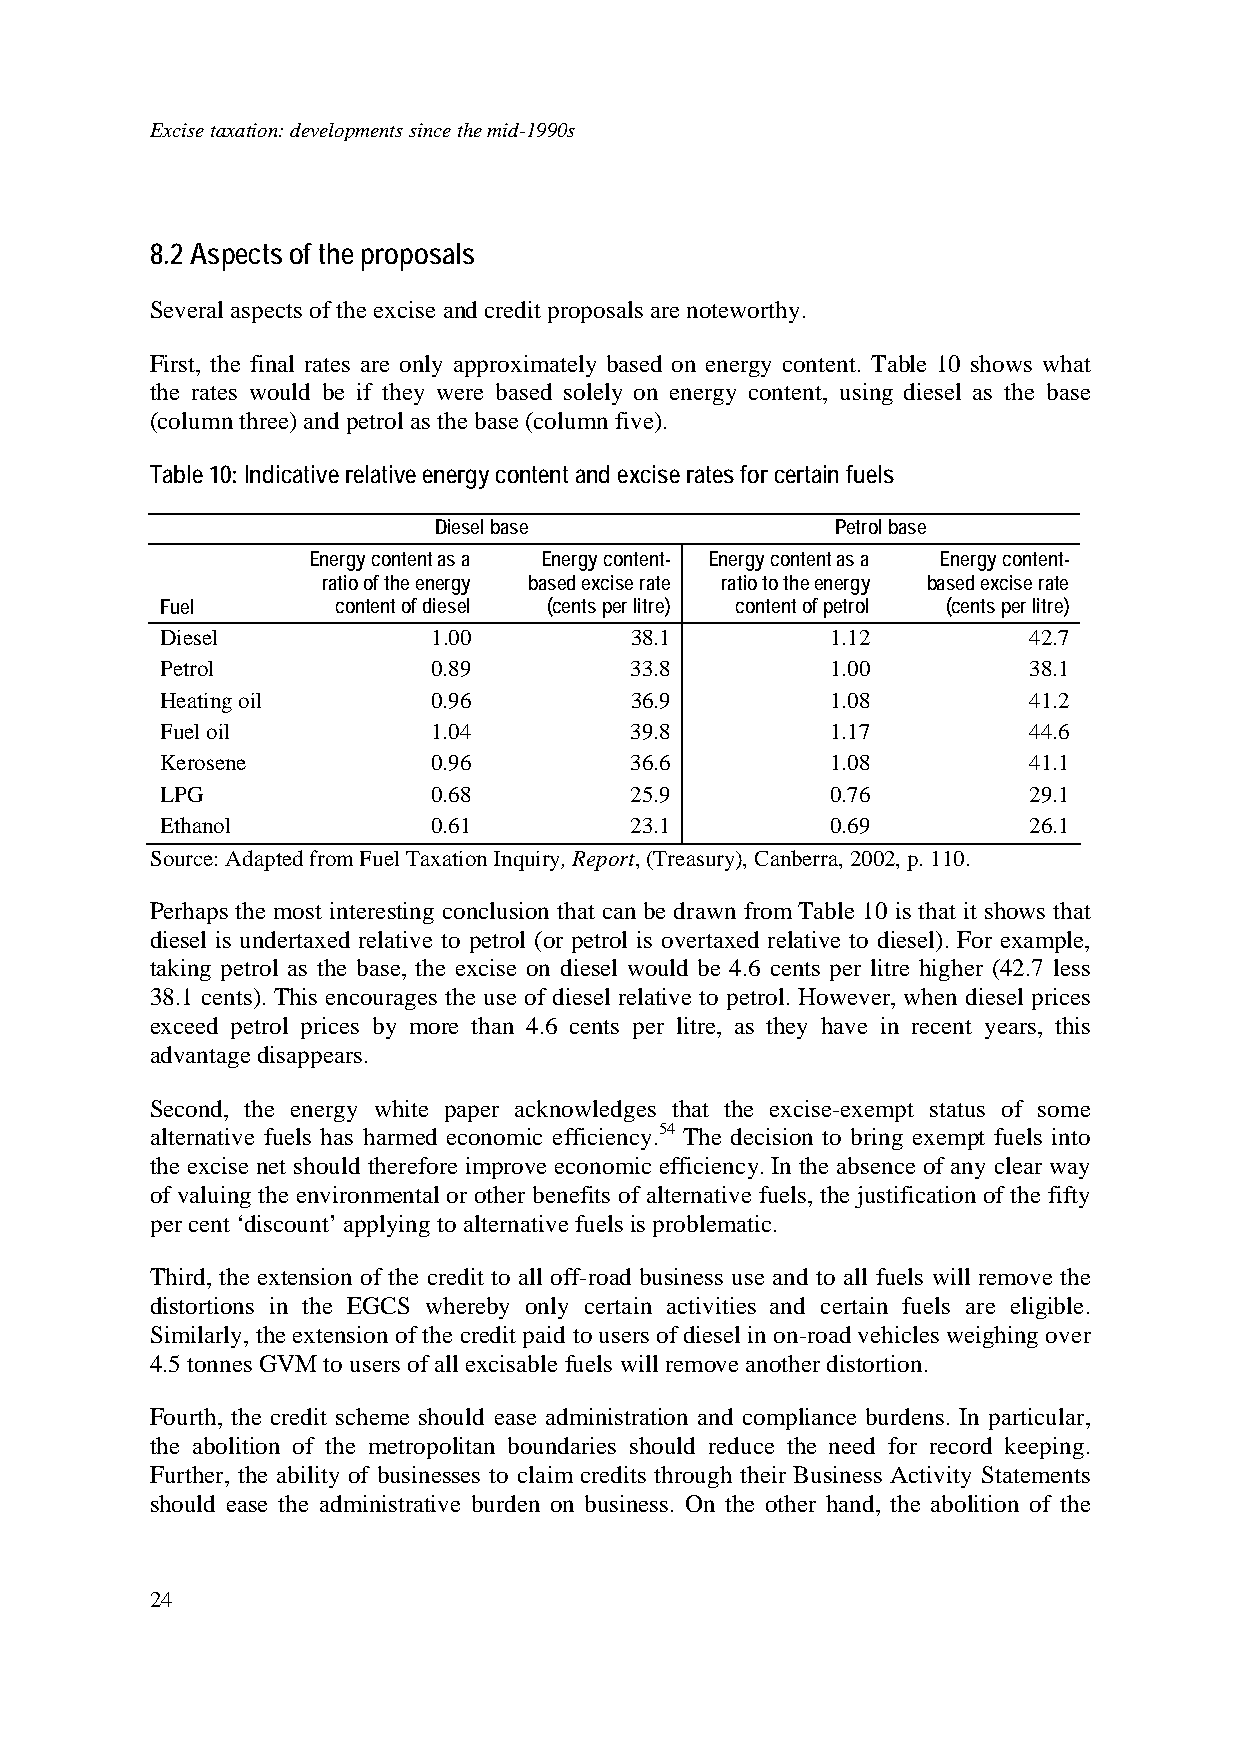
Excise taxation: developments since the mid-1990s
 8.2 Aspects of the proposals
 Several aspects of the excise and credit proposals are noteworthy.
 First, the final rates are only approximately based on energy content. Table 10 shows what
 the rates would be if they were based solely on energy content, using diesel as the base
 (column three) and petrol as the base (column five).
 Table 10: Indicative relative energy content and excise rates for certain fuels
 Diesel base               Petrol base
 Energy content as a Energy content- Energy content as a Energy content-
 ratio of the energy based excise rate ratio to the energy based excise rate
 Fuel       content of diesel (cents per litre) content of petrol (cents per litre)
 Diesel            1.00         38.1         1.12         42.7
 Petrol            0.89         33.8         1.00         38.1
 Heating oil       0.96         36.9         1.08         41.2
 Fuel oil          1.04         39.8         1.17         44.6
 Kerosene          0.96         36.6         1.08         41.1
 LPG               0.68         25.9         0.76         29.1
 Ethanol           0.61         23.1         0.69         26.1
 Source: Adapted from Fuel Taxation Inquiry, Report, (Treasury), Canberra, 2002, p. 110.
 Perhaps the most interesting conclusion that can be drawn from Table 10 is that it shows that
 diesel is undertaxed relative to petrol (or petrol is overtaxed relative to diesel). For example,
 taking petrol as the base, the excise on diesel would be 4.6 cents per litre higher (42.7 less
 38.1 cents). This encourages the use of diesel relative to petrol. However, when diesel prices
 exceed petrol prices by more than 4.6 cents per litre, as they have in recent years, this
 advantage disappears.
 Second, the energy white paper acknowledges that the excise-exempt status of some
 alternative fuels has harmed economic efficiency.54 The decision to bring exempt fuels into
 the excise net should therefore improve economic efficiency. In the absence of any clear way
 of valuing the environmental or other benefits of alternative fuels, the justification of the fifty
 per cent ‘discount’ applying to alternative fuels is problematic.
 Third, the extension of the credit to all off-road business use and to all fuels will remove the
 distortions in the EGCS whereby only certain activities and certain fuels are eligible.
 Similarly, the extension of the credit paid to users of diesel in on-road vehicles weighing over
 4.5 tonnes GVM to users of all excisable fuels will remove another distortion.
 Fourth, the credit scheme should ease administration and compliance burdens. In particular,
 the abolition of the metropolitan boundaries should reduce the need for record keeping.
 Further, the ability of businesses to claim credits through their Business Activity Statements
 should ease the administrative burden on business. On the other hand, the abolition of the
 24